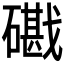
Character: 𥖘